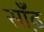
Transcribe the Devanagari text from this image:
साँढ़